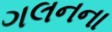
ગલનના